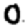
Digit: 0